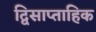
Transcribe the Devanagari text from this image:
द्विसाप्‍ताहिक